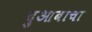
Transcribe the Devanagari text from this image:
दुआबाचा